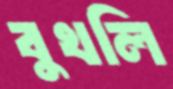
বুখলি